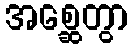
အစ္ဆေတွာ